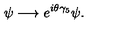
\psi \longrightarrow e ^ { i \theta \gamma _ { 5 } } \psi .